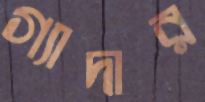
গ্যাদার